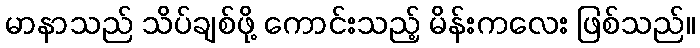
မာနာသည် သိပ်ချစ်ဖို့ ကောင်းသည့် မိန်းကလေး ဖြစ်သည်။